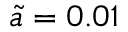
\Tilde { a } = 0 . 0 1